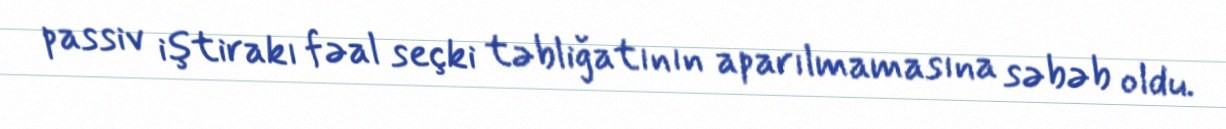
passiv iştirakı fəal seçki təbliğatının aparılmamasına səbəb oldu.